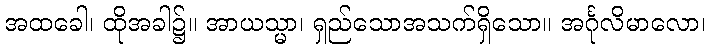
အထခေါ၊ ထိုအခါ၌။ အာယသ္မာ၊ ရှည်သောအသက်ရှိသော။ အင်္ဂုလိမာလော၊